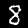
Label: 8